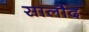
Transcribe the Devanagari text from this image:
सालौद